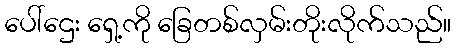
ပေါ်ဌေး ရှေ့ကို ခြေတစ်လှမ်းတိုးလိုက်သည်။